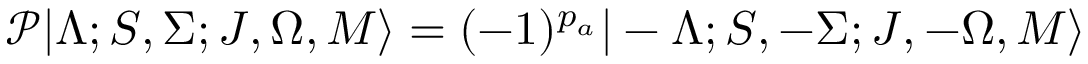
\mathcal { P } | \Lambda ; S , \Sigma ; J , \Omega , M \rangle = ( - 1 ) ^ { p _ { a } } | - \Lambda ; S , - \Sigma ; J , - \Omega , M \rangle